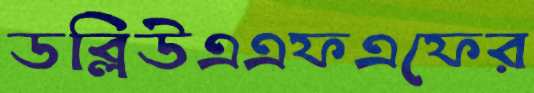
ডব্লিউএএফএফের